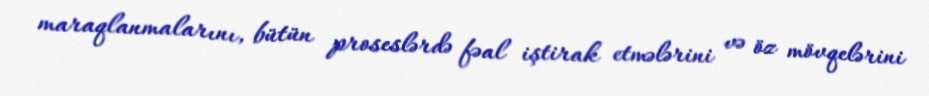
maraqlanmalarını, bütün proseslərdə fəal iştirak etmələrini və öz mövqelərini